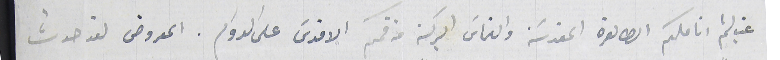
غب لثم انامكم الطاهرة المقدسَة والتماسَ البركة من فمكم الاقدسَ على الدوام. المعروض لقد حدث